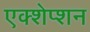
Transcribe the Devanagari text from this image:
एक्शेप्शन